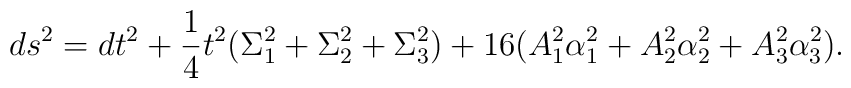
ds^2 = dt^2 +{1 \over 4} t^2 (\Sigma_1^2 + \Sigma_2^2 + \Sigma_3^2)+ 16 (A_1^2 \alpha_1^2 + A_2^2 \alpha_2^2 + A_3^2 \alpha_3^2).